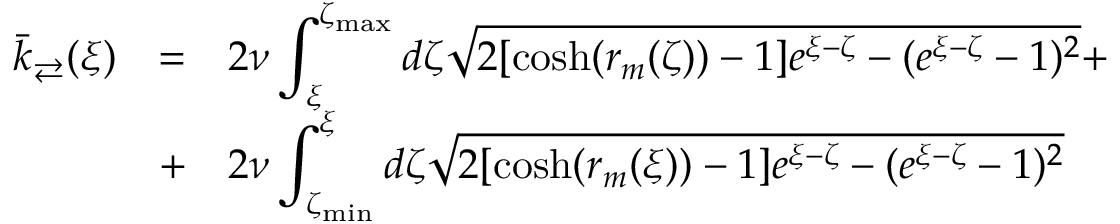
\begin{array} { r l l } { \bar { k } _ { \rightleftarrows } ( \xi ) } & { = } & { \displaystyle 2 \nu \int _ { \xi } ^ { \zeta _ { \operatorname* { m a x } } } d \zeta \sqrt { 2 [ \cosh ( r _ { m } ( \zeta ) ) - 1 ] e ^ { \xi - \zeta } - ( e ^ { \xi - \zeta } - 1 ) ^ { 2 } } + \medskip } \\ & { + } & { \displaystyle 2 \nu \int _ { \zeta _ { \operatorname* { m i n } } } ^ { \xi } d \zeta \sqrt { 2 [ \cosh ( r _ { m } ( \xi ) ) - 1 ] e ^ { \xi - \zeta } - ( e ^ { \xi - \zeta } - 1 ) ^ { 2 } } } \end{array}